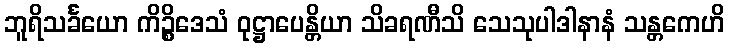
ဘူရိသင်္ခယော ကိဉ္စိဒေသံ ဝုဋ္ဌာပေန္တိယာ သိခရဏီသိ သေသုပါဒါနာနံ သန္တကေဟိ